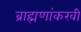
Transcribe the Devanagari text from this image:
ब्राह्मणांकरवी